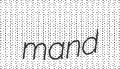
mand